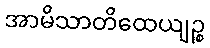
အာမိသာတိထေယျဉ္စ